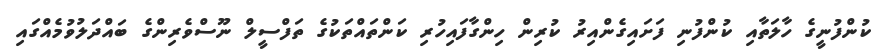
ކުންފުނީގެ ހާލަތާއި ކުންފުނި ފަށައިގެންއިރު ކުރިން ހިންގާފައިހުރި ކަންތައްތަކުގެ ތަފްސީލް ނޫސްވެރިންގެ ބައްދަލުވުމެއްގައި